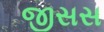
જીસસ